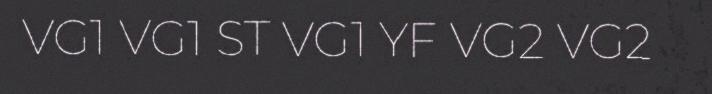
VG1 VG1 ST VG1 YF VG2 VG2